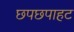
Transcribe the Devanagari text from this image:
छपछपाहट